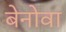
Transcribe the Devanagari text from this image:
बेनोवा